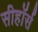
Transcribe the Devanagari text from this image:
सीहॉर्स